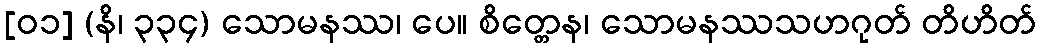
[၀၁] (နိ၊ ၃၃၄) သောမနဿ၊ ပေ။ စိတ္တေန၊ သောမနဿသဟဂုတ် တိဟိတ်